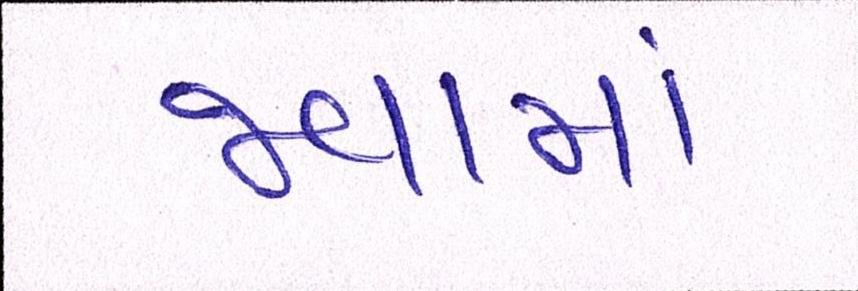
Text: જવામાં